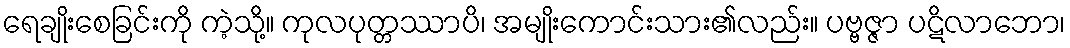
ရေချိုးစေခြင်းကို ကဲ့သို့။ ကုလပုတ္တဿာပိ၊ အမျိုးကောင်းသား၏လည်း။ ပဗ္ဗဇ္ဇာ ပဋိလာဘော၊